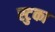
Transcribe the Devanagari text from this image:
स्टुका